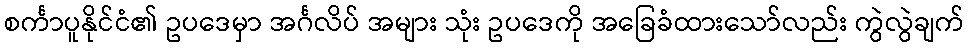
စင်္ကာပူနိုင်ငံ၏ ဥပဒေမှာ အင်္ဂလိပ် အများ သုံး ဥပဒေကို အခြေခံထားသော်လည်း ကွဲလွဲချက်